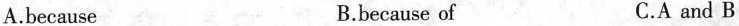
A.because B.because of C.A and B